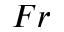
F r